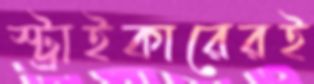
স্ট্রাইকারেরই